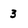
Character: 3